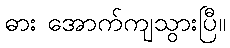
ဓား အောက်ကျသွားပြီ။